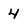
Character: 4